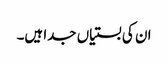
ان کی بستیاں جدا ہیں۔